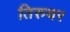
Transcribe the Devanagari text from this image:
तिरुचर